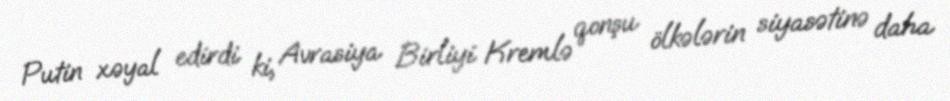
Putin xəyal edirdi ki, Avrasiya Birliyi Kremlə qonşu ölkələrin siyasətinə daha